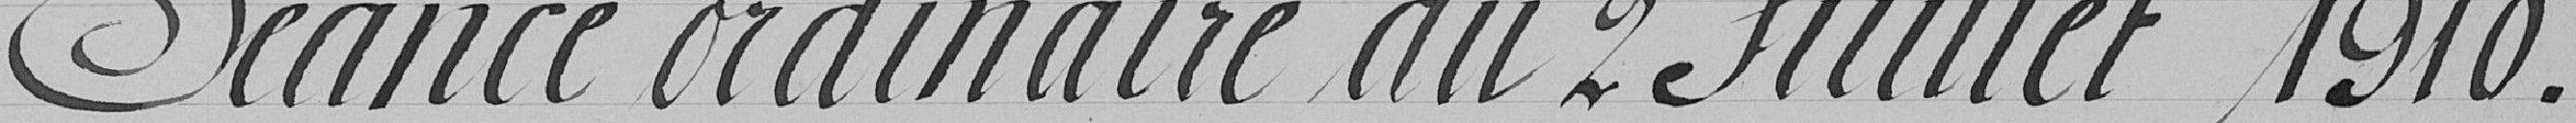
Séance ordinaire du 2 Juillet 1910.